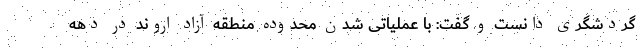
گردشگری دانست و گفت: با عملیاتی شدن محدوده منطقه آزاد اروند در دهه